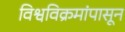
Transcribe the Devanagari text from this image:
विश्वविक्रमांपासून